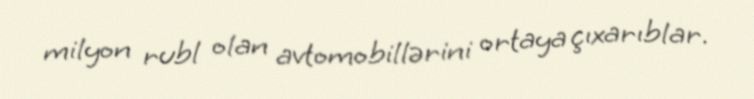
milyon rubl olan avtomobillərini ortaya çıxarıblar.